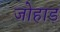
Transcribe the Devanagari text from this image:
जोहाड